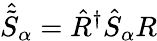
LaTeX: \hat{\tilde{S}}_{\alpha}=\hat{R}^{\dagger}\hat{S}_{\alpha}R